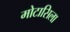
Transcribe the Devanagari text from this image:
मोटासिला